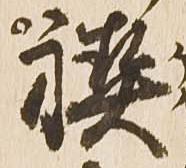
禊